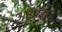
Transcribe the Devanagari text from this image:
अयज्वा